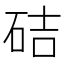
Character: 硈